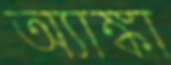
অ্যাঙ্কা